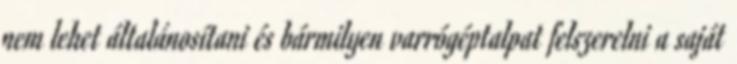
nem lehet általánosítani és bármilyen varrógéptalpat felszerelni a saját